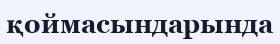
қоймасындарында